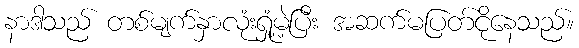
နာဒါသည် တစ်မျက်နှာလုံးရှုံ့မဲ့ပြီး အဆက်မပြတ်ငိုနေသည်။